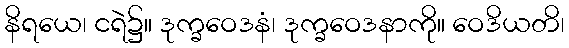
နိရယေ၊ ငရဲ၌။ ဒုက္ခဝေဒနံ၊ ဒုက္ခဝေဒနာကို။ ဝေဒိယတိ၊